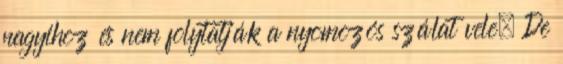
nagyihoz és nem folytatják a nyomozós szálat vele. De